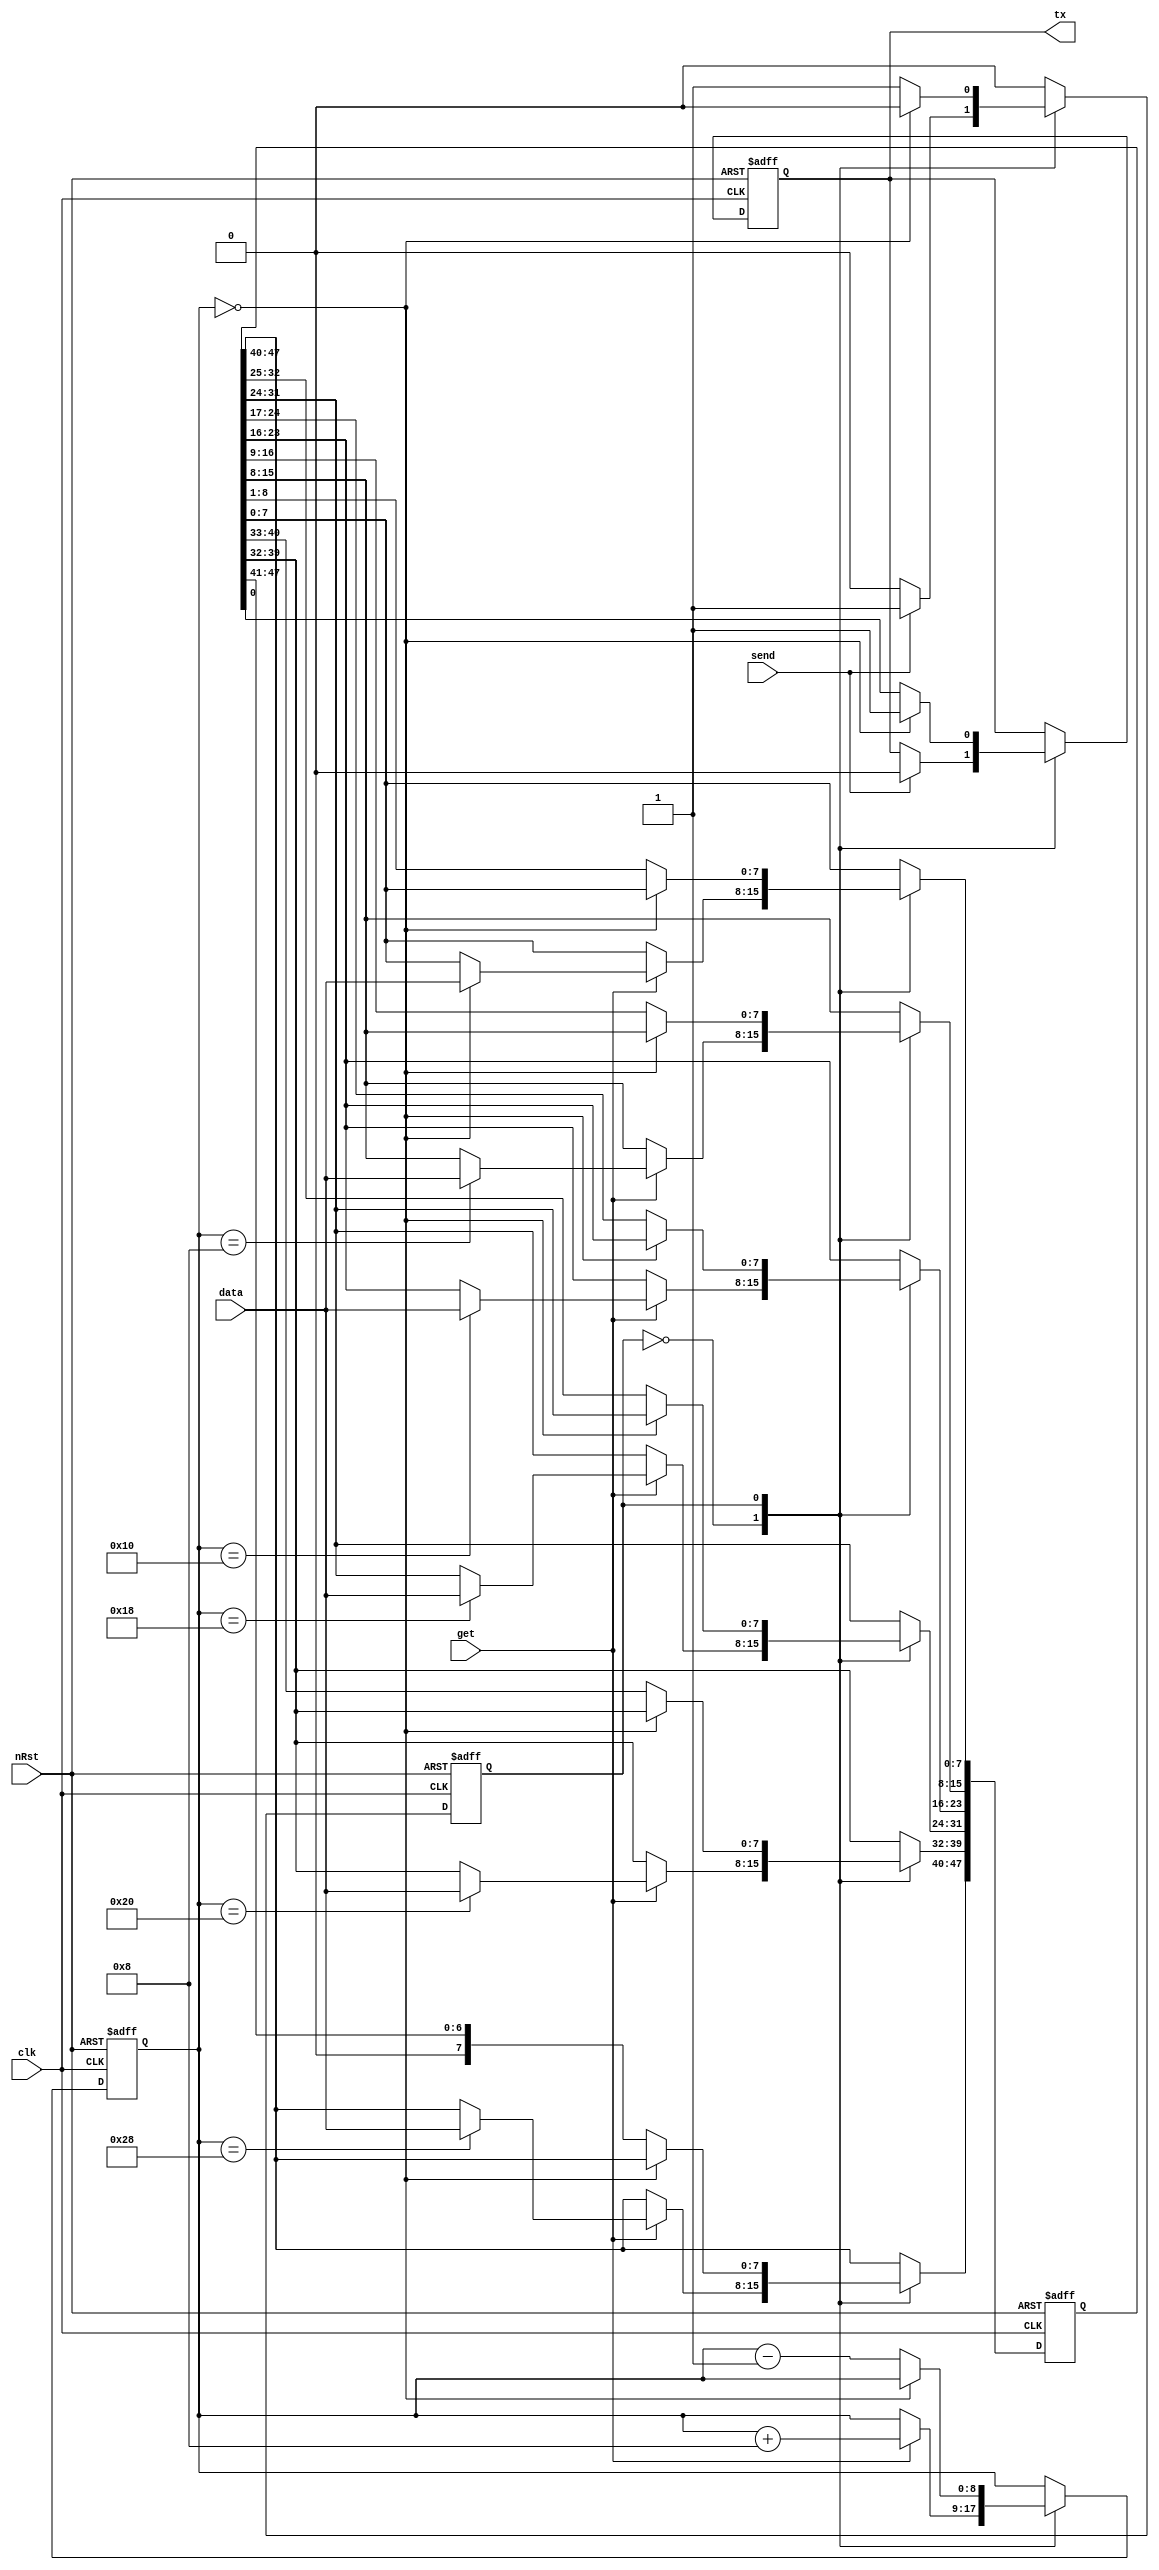
`timescale 1ns/1ps

module serial(
   input                   clk,
   input                   nRst,
   input       [7:0]       data,
   input                   send,
   input                   get,
   output reg              tx
);

   reg   [47:0]      load;
   reg   [8:0]       count;
   reg               state;

   parameter   LOAD     = 1'h0,
               SEND     = 1'h1;


   always @(posedge clk or negedge nRst) begin
      if(!nRst) begin
         load     <= 0;
         count    <= 0;
         tx       <= 1;
         state    <= LOAD;

      end else begin
         case(state)
            LOAD: begin
                     if(get) begin
                        count <= count + 4'h8;
                        case(count)
                           0:    load[7:0]         <= data;
                           8:    load[15:8]        <= data;
                           16:   load[23:16]       <= data;
                           24:   load[31:24]       <= data;
                           32:   load[39:32]       <= data;
                           40:   load[47:40]       <= data;
                        endcase
                     end
                     if(send) begin
                        tx <= 0;
                        state <= SEND;
                     end
                  end
            SEND: begin
                     if(count == 0) begin
                        state <= LOAD;
                        tx    <= 1;
                     end else begin
                        count <= count - 1'b1;
                        tx    <= load[0];
                        load  <= load >> 1;
                     end
                  end
         endcase
      end
   end
endmodule